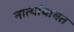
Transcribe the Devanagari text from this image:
नात्यांबाबत